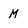
Character: M